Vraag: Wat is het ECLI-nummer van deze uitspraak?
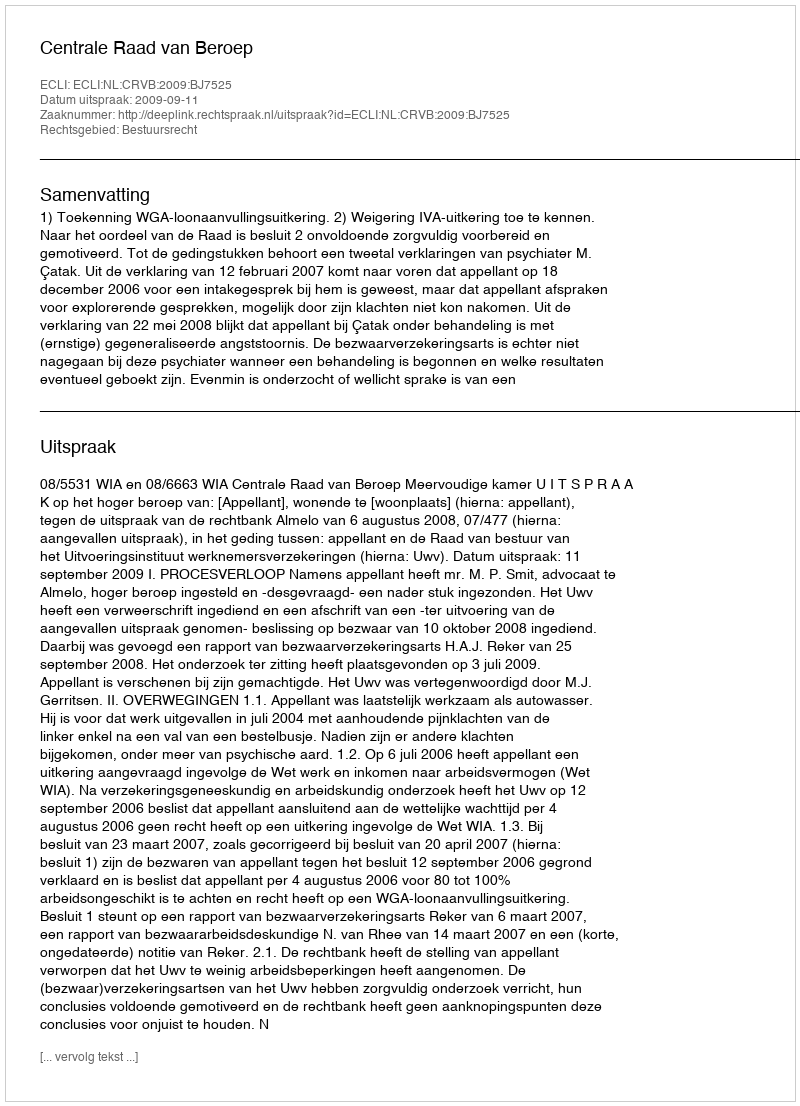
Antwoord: ECLI:NL:CRVB:2009:BJ7525